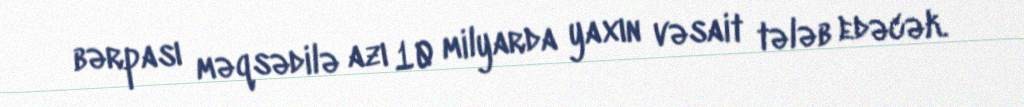
bərpası məqsədilə azı 10 milyarda yaxın vəsait tələb edəcək.